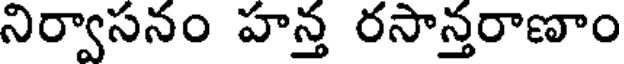
నిర్వాసనం హన్త రసాన్తరాణాం